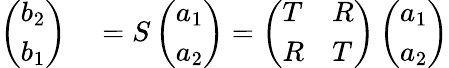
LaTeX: \begin{array}{rl}{\left(\begin{array}{l}{b_{2}}\\ {b_{1}}\end{array}\right)}&{{}=S\left(\begin{array}{l}{a_{1}}\\ {a_{2}}\end{array}\right)=\left(\begin{array}{ll}{T}&{R}\\ {R}&{T}\end{array}\right)\left(\begin{array}{l}{a_{1}}\\ {a_{2}}\end{array}\right)}\end{array}